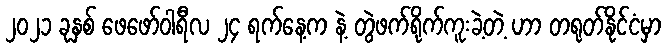
၂၀၂၁ ခုနှစ် ဖေဖော်ဝါရီလ ၂၄ ရက်နေ့က နဲ့ တွဲဖက်ရိုက်ကူးခဲ့တဲ့ ဟာ တရုတ်နိုင်ငံမှာ